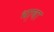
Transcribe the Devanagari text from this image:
भा़षा